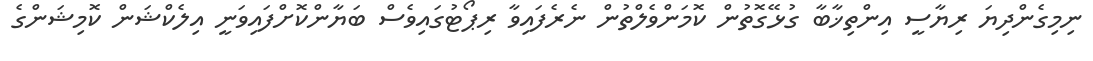
ނިމިގެންދިޔަ ރިޔާސީ އިންތިޚާބާ ގުޅޭގޮތުން ކޮމަންވެލްތުން ނެރެފައިވާ ރިޕޯޓުގައިވެސް ބަޔާންކޮށްފައިވަނީ އިލެކްޝަން ކޮމިޝަންގެ